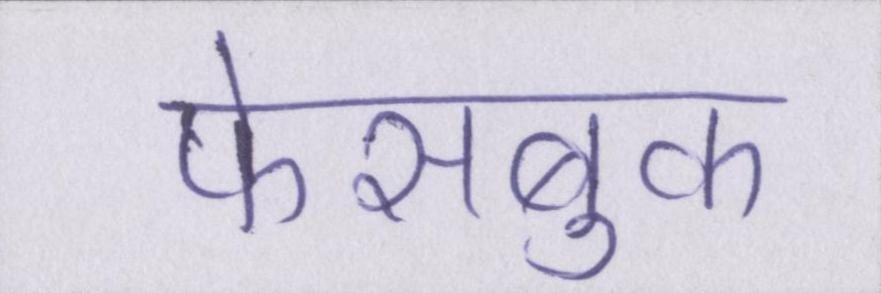
फेसबुक